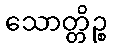
သောတ္တိဉ္စ